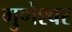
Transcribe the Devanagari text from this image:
गुणेश्वर